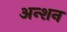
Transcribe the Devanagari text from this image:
अन्शन